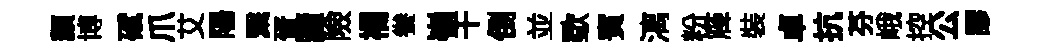
纇博碔爪艾陽繄胥讀險襴飬嶺干倒並歜賓漓粉簰裝卓抗芬峨控公謬